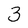
Character: 3